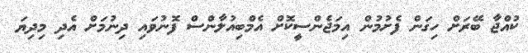
ކުއްޖާ ބޭރަށް ހިގަން ފެށުމުން އިމަޖެންސީކޮށް އެމްބިއުލާންސް ފޮނުވައި ދިނުމަށް އެދި މިދިޔަ